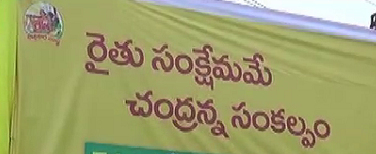
Language: telugu
Transcription: రైతు సంక్షేమమే చంద్రన్న సంకల్పం